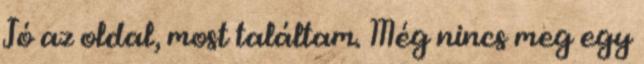
Jó az oldal, most találtam. Még nincs meg egy